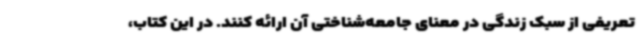
تعریفی از سبک زندگی در معنای جامعه‌شناختی آن ارائه کنند. در این کتاب،